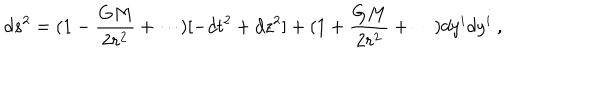
d s ^ { 2 } = ( 1 - { \frac { G M } { 2 r ^ { 2 } } } + \cdots ) [ - d t ^ { 2 } + d z ^ { 2 } ] + ( 1 + { \frac { G M } { 2 r ^ { 2 } } } + \cdots ) d y ^ { i } d y ^ { i } \ ,